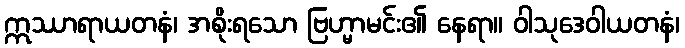
ဣဿာရာယတနံ၊ အစိုးရသော ဗြဟ္မာမင်း၏ နေရာ။ ဝါသုဒေဝါယတနံ၊